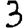
Digit: 3